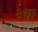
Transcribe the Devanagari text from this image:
२चा